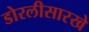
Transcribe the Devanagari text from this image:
डोरलीसारखे